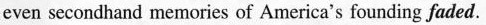
even secondhand memories of America's founding faded.